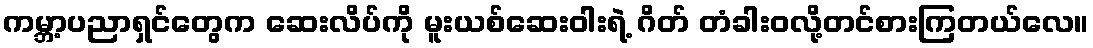
ကမ္ဘာ့ပညာရှင်တွေက ဆေးလိပ်ကို မူးယစ်ဆေးဝါးရဲ့ ဂိတ် တံခါးဝလို့တင်စားကြတယ်လေ။